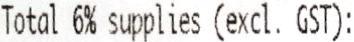
TOTAL 6% SUPPLIES (EXCL. GST):